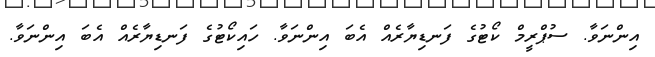
އިންނަވާ. ސުޕްރީމް ކޯޓުގެ ފަނޑިޔާރެއް އެބަ އިންނަވާ. ހައިކޯޓުގެ ފަނޑިޔާރެއް އެބަ އިންނަވާ.